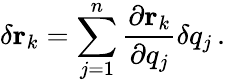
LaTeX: \delta\mathbf{r}_{k}=\sum_{j=1}^{n}{\frac{\partial\mathbf{r}_{k}}{\partial q_{j}}}\delta q_{j}\, .